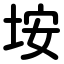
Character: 垵